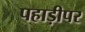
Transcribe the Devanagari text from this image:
पहाड़ीपर